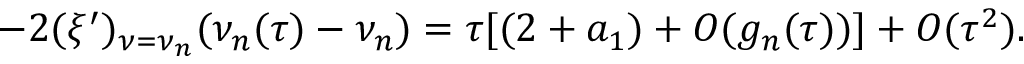
- 2 ( \xi ^ { \prime } ) _ { \nu = \nu _ { n } } ( \nu _ { n } ( \tau ) - \nu _ { n } ) = \tau [ ( 2 + a _ { 1 } ) + O ( g _ { n } ( \tau ) ) ] + O ( \tau ^ { 2 } ) .